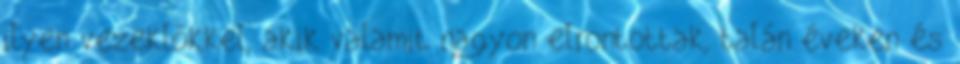
ilyen vezeklőkkel, akik valamit nagyon elrontottak, talán éveken és